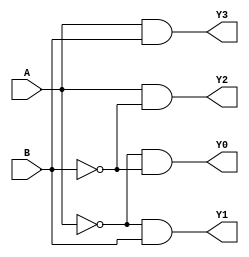
// This program was cloned from: https://github.com/aryanmahawar205/ModelSim-IntelFPGA
// License: GNU General Public License v3.0

//Structural Modelling for 2 to 4 Decoder

module decoder_2_to_4_str(A, B, Y0, Y1, Y2, Y3);
input A, B; output Y0, Y1, Y2, Y3;
wire y1, y2;
not (y1, A); not(y2, B);
and(Y0, y1, y2);
and(Y1, y1, B);
and(Y2, A, y2);
and(Y3, A, B);
endmodule